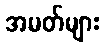
အမတ်များ